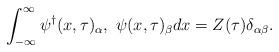
LaTeX: \begin{align*}\int^\infty_{-\infty}{\psi^\dag}(x,\tau)_\alpha,\ \psi(x,\tau)_\beta dx=Z(\tau)\delta_{\alpha\beta}.\end{align*}